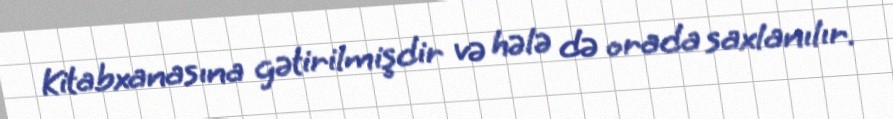
Kitabxanasına gətirilmişdir və hələ də orada saxlanılır.